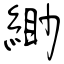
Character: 緲